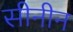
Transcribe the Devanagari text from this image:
सीनीन